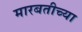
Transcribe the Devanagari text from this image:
मारबतीच्या